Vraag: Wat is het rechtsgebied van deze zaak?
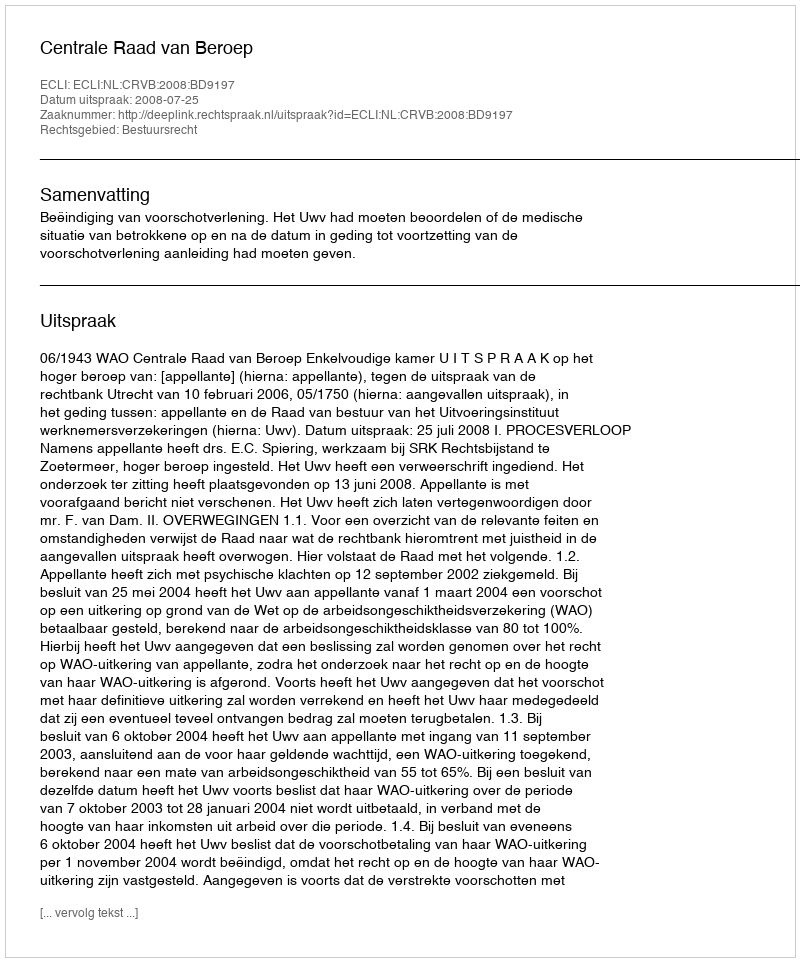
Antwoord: Bestuursrecht